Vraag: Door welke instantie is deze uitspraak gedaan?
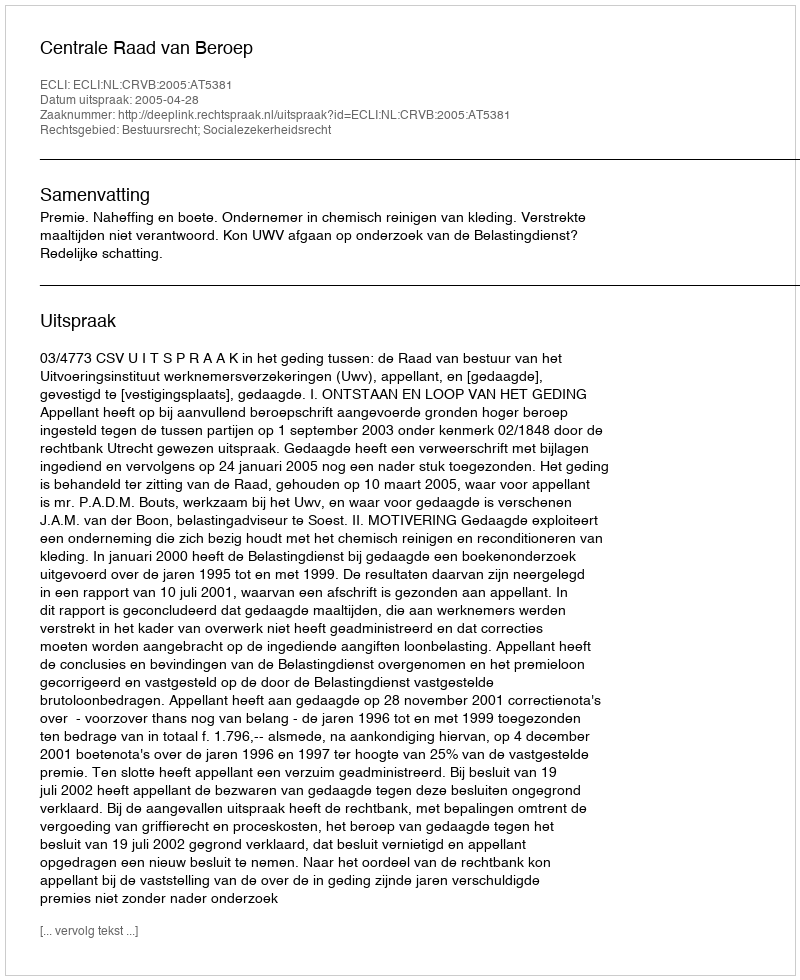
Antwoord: Centrale Raad van Beroep